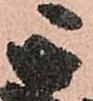
正